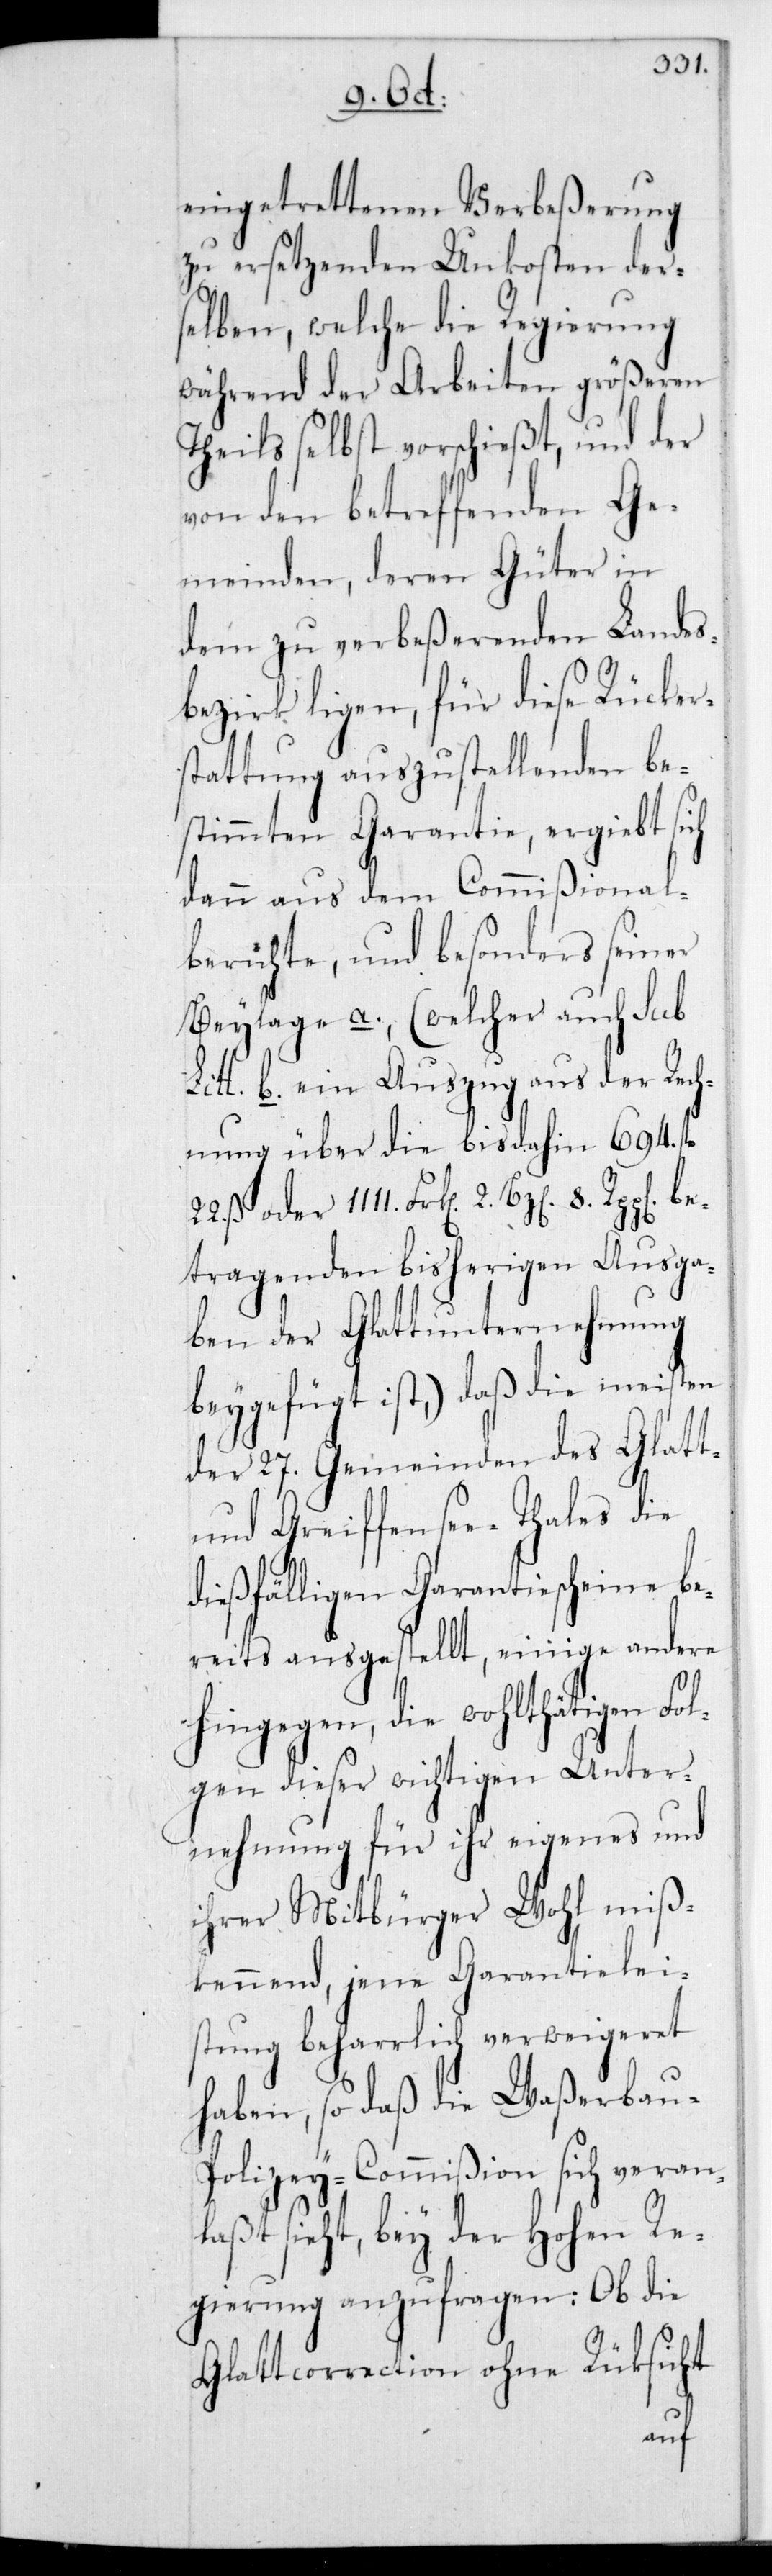
eingetrettenen Verbeßerung
zu ersetzenden Unkosten der¬
selben, welche die Regierung
während der Arbeiten größeren
Theils selbst vorschießt, und der
von den betreffenden Ge¬
meinden, deren Güter in
dem zu verbeßerenden Landes¬
bezirk liegen, für diese Rücker¬
stattung auszustellenden be¬
stimmten Garantie, ergiebt sich
dann aus dem Commißional¬
berichte, und besonders seiner
Beylage a, (welcher auch sub
Litt. b. ein Auszug aus der Rech¬
nung über die bis dahin 694 fl.
22 ß oder 1111 Frk[en] 2 Bz[en] 8
betragenden bisherigen Ausga¬
ben der Glattunternehmung
beygefügt ist), daß die meisten
der 27 Gemeinden des Glatt-
und Greiffensee-Thales die
dießfälligen Garantiescheine be¬
reits ausgestellt, einige andere
hingegen, die wohlthätigen Fol¬
gen dieser wichtigen Unter¬
nehmung für ihr eigenes und
ihrer Mitbürger Wohl miß¬
kennend, jene Garantielei¬
stung beharrlich verweigeret
haben, so daß die Waßerbau-P¬
olizey-Commißion sich veran¬
laßt sieht, bey der Hohen Re¬
gierung anzufragen: Ob die
Glattcorrection ohne Rücksicht
auf